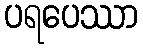
ပရပေဿာ